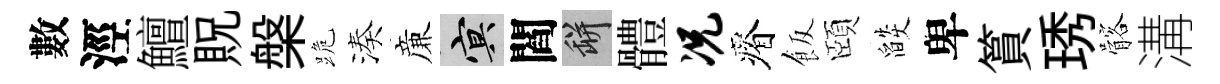
數涇鱣貺槃跪湊亷冥閻瓶體况瘠飯頤燄卑篔琇髂溝